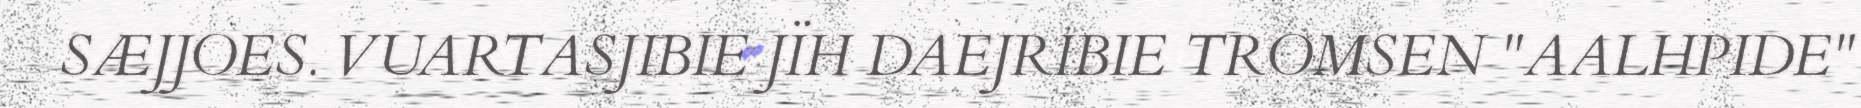
SÆJJOES. VUARTASJIBIE JÏH DAEJRIBIE TROMSEN "AALHPIDE"